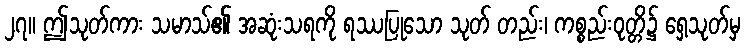
၂၇။ ဤသုတ်ကား သမာသ်၏ အဆုံးသရကို ရဿပြုသော သုတ် တည်း၊ ကစ္စည်းဝုတ္တိ၌ ရှေ့သုတ်မှ